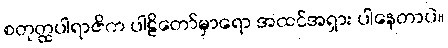
စတုတ္ထပါရာဇိက ပါဠိတော်မှာရော အထင်အရှား ပါနေတာပဲ။